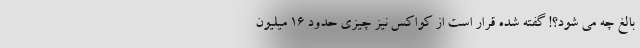
بالغ چه می شود؟! گفته شده قرار است از کواکس نیز چیزی حدود 16 میلیون